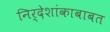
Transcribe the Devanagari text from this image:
निर्देशांकाबाबत